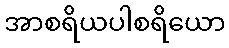
အာစရိယပါစရိယော